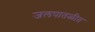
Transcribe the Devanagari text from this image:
जलपातळीत